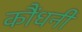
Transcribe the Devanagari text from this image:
कौंधनी